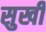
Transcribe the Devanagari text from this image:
सुखी